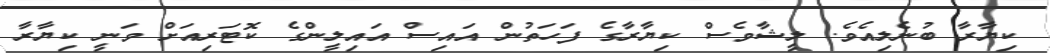
ކިޔާރާ ބުނެލިއެވެ. ލީޝާވެސް ކިޔާރާގެ ފަހަތުން އައިސް އައިލީންގެ ކޮޓަރިއަށް ވަނީ ކިޔާރާ